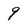
Character: 9